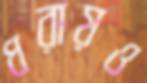
ধরায়ও